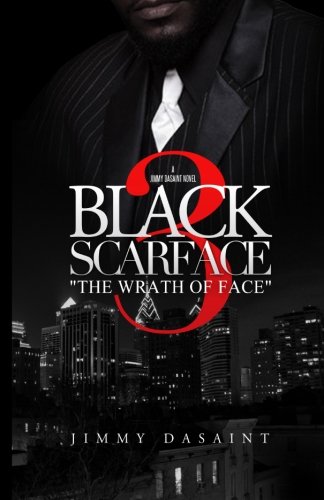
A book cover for Black Scarface 3 The Wrath of Face; Jimmy DaSaint; Literature & Fiction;